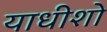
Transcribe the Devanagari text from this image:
याधीशो